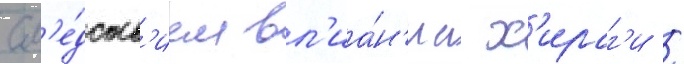
сл'е́дств'ием вл'иа́н'иа х'ираг'и /